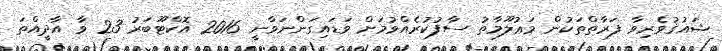
ޝައުޤުވެރިވާ ފަރާތްތަކުން މަޢުލޫމާތު ސާފުކުރެއްވުމަށް ވަޑައިގަންނަވާނީ 2016 އޮކްޓޫބަރު 23 ވާ އާދީއްތަ